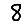
Digit: 8